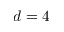
d = 4